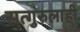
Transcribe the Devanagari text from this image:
सत्गुरुलाही